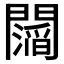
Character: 𮤥